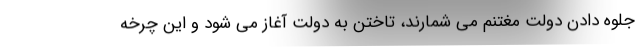
جلوه دادن دولت مغتنم می شمارند، تاختن به دولت آغاز می شود و این چرخه